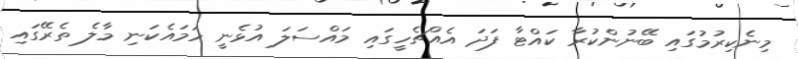
މިނެކިރުމުގައި ބޭނުންކުރާ ކައްޓާ ފަދަ އެއްޗެހީގައި މައްސަލަ އުޅެނީ ހަމައެކަނި މާލެ ތެރޭގައި